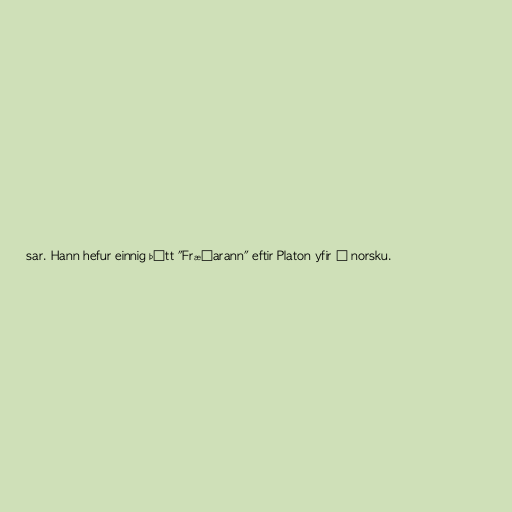
sar. Hann hefur einnig þýtt "Fræðarann" eftir Platon yfir á norsku.